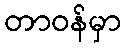
တာဝန်မှာ